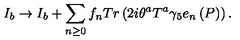
I _ { b } \rightarrow I _ { b } + \sum _ { n \geq 0 } f _ { n } T r \left( 2 i \theta ^ { a } T ^ { a } \gamma _ { 5 } e _ { n } \left( P \right) \right) .